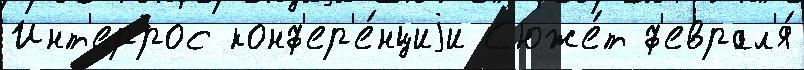
Инт'еррос конф'ер'е́нциjи С'юже́т ф'еврал'я́